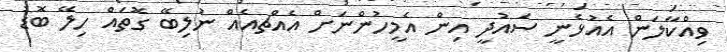
ވިއްކާލަން އެއުޅެނީ ސައުދީ އިން އެމީހުންނަށް އެއްޗއެއް ނުލިބޭ ގޮތައް ހިލޭ ބޮޑު